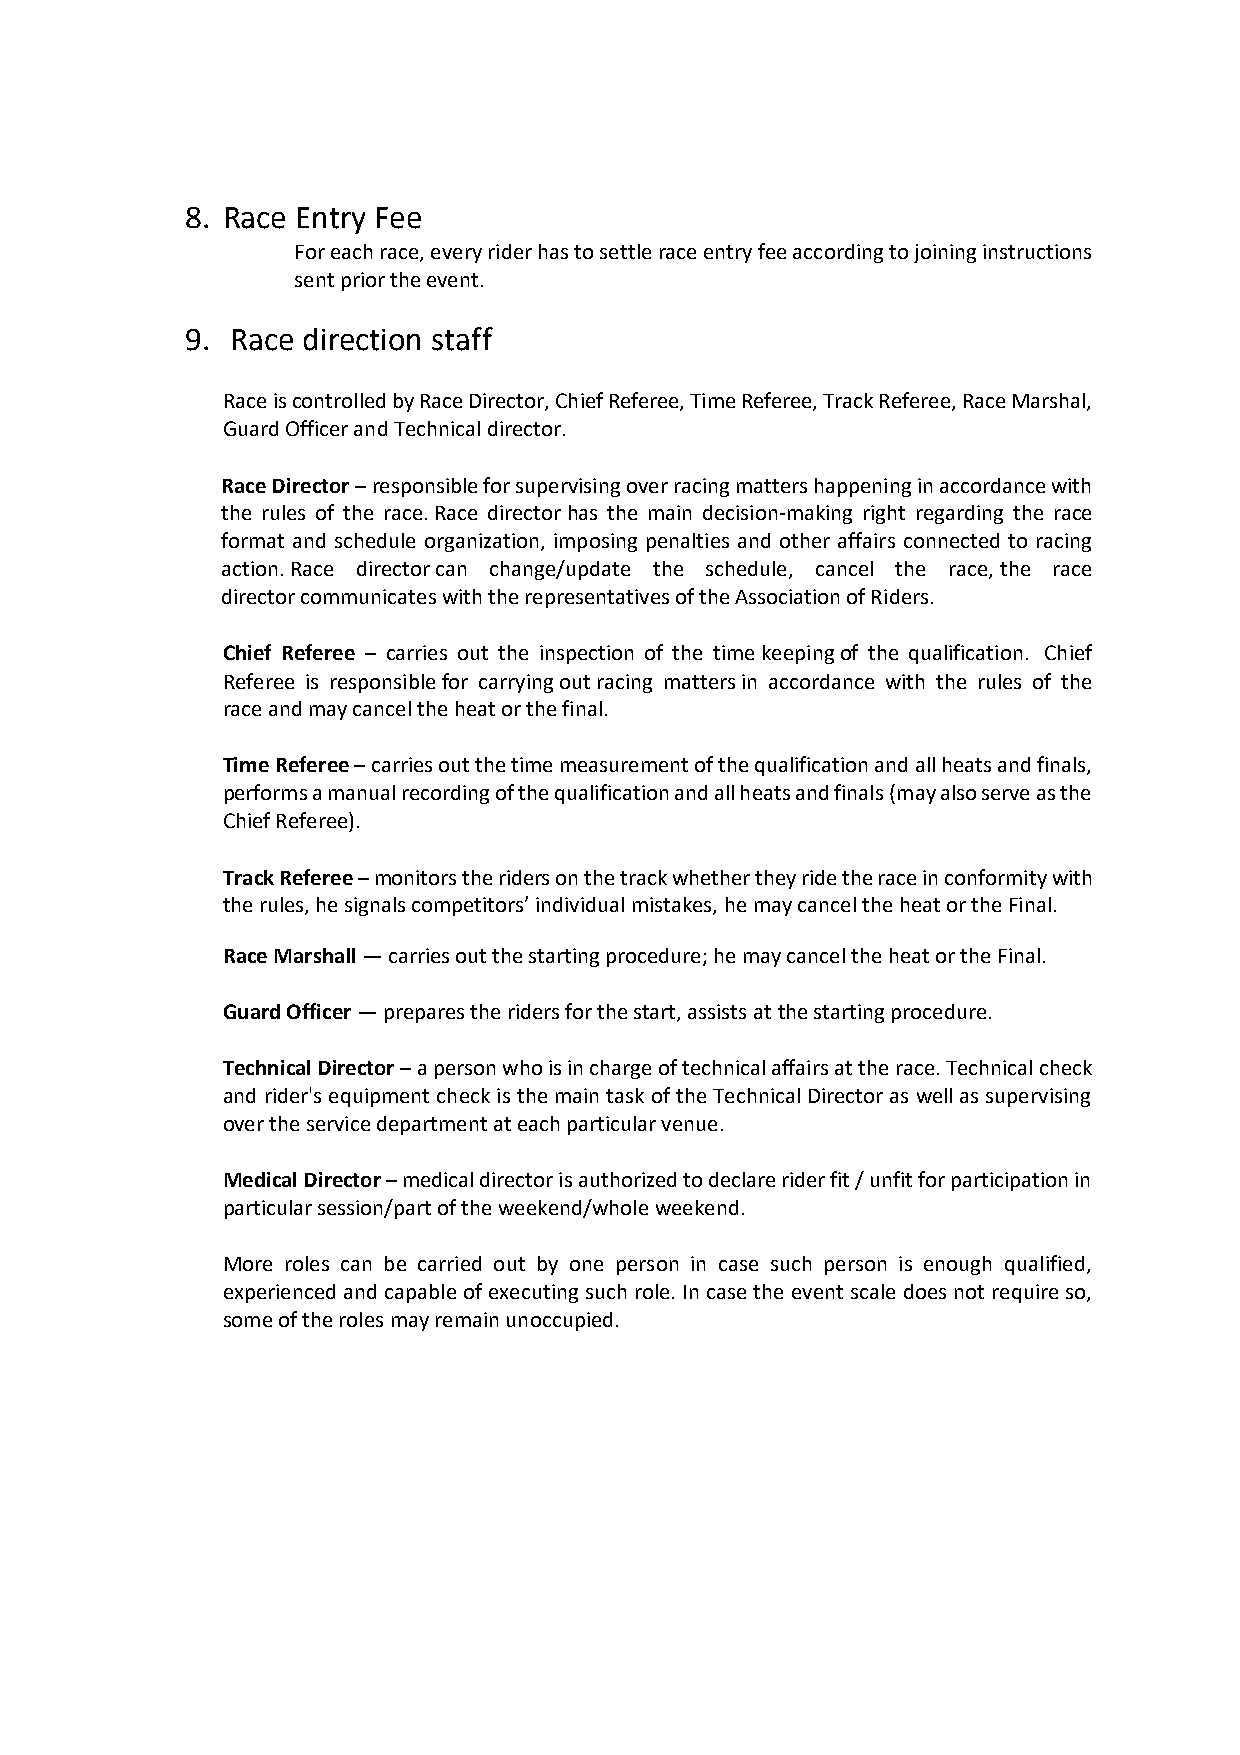
8. Race Entry Fee
 For each race, every rider has to settle race entry fee according to joining instructions
 sent prior the event.
 9. Race direction staff
 Race is controlled by Race Director, Chief Referee, Time Referee, Track Referee, Race Marshal,
 Guard Officer and Technical director.
 Race Director – responsible for supervising over racing matters happening in accordance with
 the rules of the race. Race director has the main decision-making right regarding the race
 format and schedule organization, imposing penalties and other affairs connected to racing
 action. Race director can change/update the schedule, cancel the race, the race
 director communicates with the representatives of the Association of Riders.
 Chief Referee – carries out the inspection of the time keeping of the qualification. Chief
 Referee is responsible for carrying out racing matters in accordance with the rules of the
 race and may cancel the heat or the final.
 Time Referee – carries out the time measurement of the qualification and all heats and finals,
 performs a manual recording of the qualification and all heats and finals (may also serve as the
 Chief Referee).
 Track Referee – monitors the riders on the track whether they ride the race in conformity with
 the rules, he signals competitors’ individual mistakes, he may cancel the heat or the Final.
 Race Marshall — carries out the starting procedure; he may cancel the heat or the Final.
 Guard Officer — prepares the riders for the start, assists at the starting procedure.
 Technical Director – a person who is in charge of technical affairs at the race. Technical check
 and rider's equipment check is the main task of the Technical Director as well as supervising
 over the service department at each particular venue.
 Medical Director – medical director is authorized to declare rider fit / unfit for participation in
 particular session/part of the weekend/whole weekend.
 More roles can be carried out by one person in case such person is enough qualified,
 experienced and capable of executing such role. In case the event scale does not require so,
 some of the roles may remain unoccupied.